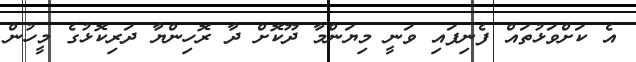
އެ ކަށްވަޅުތައް ފެނިފައި ވަނީ މިޔަންމާ ދޫކޮށް ދާ ރޮހިންޔާ ދަރިކޮޅުގެ މީހުން